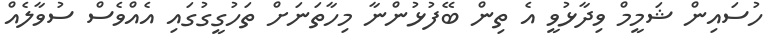
ހުސައިން ޝަމީމް ވިދާޅުވީ އެ ތިން ބޭފުޅުންނާ މިހާތަނަށް ތަހުގީގުގައި އެއްވެސް ސުވާލެއް